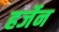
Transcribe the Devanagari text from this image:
हर्जेन